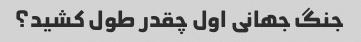
جنگ جهانی اول چقدر طول کشید؟